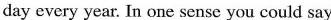
day every year. In one sense you could say